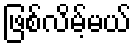
ဖြစ်လိမ့်မယ်